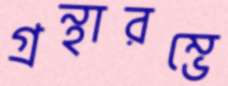
গ্রন্থারম্ভে